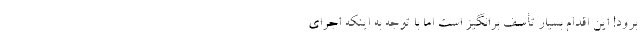
برود! این اقدام بسیار تأسف برانگیز است اما با توجه به اینکه اجرای